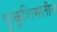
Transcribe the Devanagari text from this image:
फुकूशिमातील